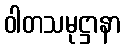
ဝါတသမုဋ္ဌာနာ